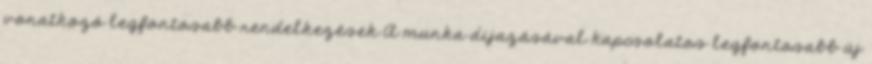
vonatkozó legfontosabb rendelkezések A munka díjazásával kapcsolatos legfontosabb új